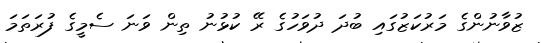
ޒުވާނުންގެ މަރުކަޒުގައި ބުދަ ދުވަހުގެ ރޭ ކުޅުނު ތިން ވަނަ ސެމީގެ ފުރަތަމަ